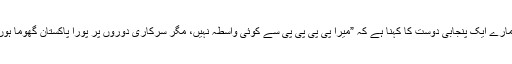
ہمارے ایک پنجابی دوست کا کہنا ہے کہ ”میرا پی پی پی پی سے کوئی واسطہ نہیں، مگر سرکاری دوروں پر پورا پاکستان گھوما ہوں۔